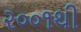
૨૦૦૧થી